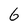
Character: 6